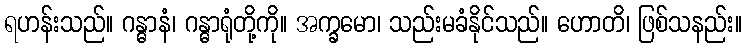
ရဟန်းသည်။ ဂန္ဓာနံ၊ ဂန္ဓာရုံတို့ကို။ အက္ခမော၊ သည်းမခံနိုင်သည်။ ဟောတိ၊ ဖြစ်သနည်း။